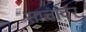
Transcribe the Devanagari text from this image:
साचावर